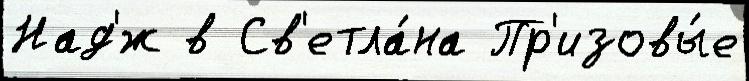
Над'́ж в Св'етла́на Пр'изовы́е